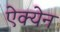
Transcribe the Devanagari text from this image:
ऐक्येन